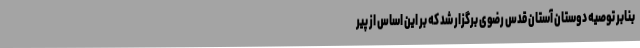
بنابر توصیه دوستان آستان قدس رضوی برگزار شد که بر این اساس از پیر